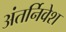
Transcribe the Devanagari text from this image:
अंतर्निवेश